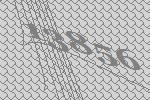
13856